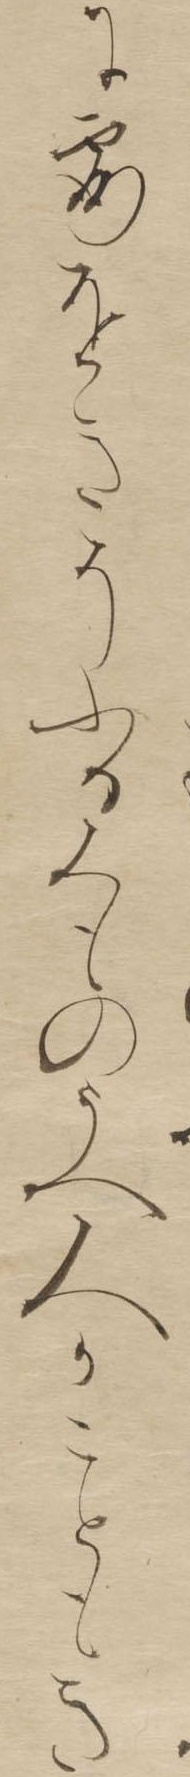
に露をきそふるくものうへ人かこともき